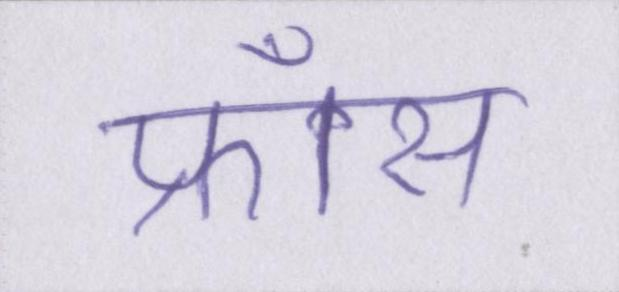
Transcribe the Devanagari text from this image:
फ्राँस